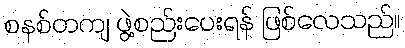
စနစ်တကျ ဖွဲ့စည်းပေးရန် ဖြစ်လေသည်။